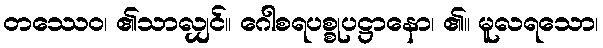
တဿေဝ၊ ၏သာလျှင်။ ဂေါစရပစ္စုပဋ္ဌာနော၊ ၏။ မူလရသော၊